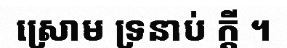
ស្រោម ទ្រនាប់ ក្តី ។